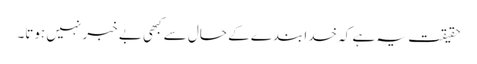
حقیقت یہ ہے کہ خدا بندے کے حال سے کبھی بے خبر نہیں ہوتا۔